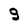
Character: 9